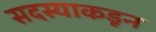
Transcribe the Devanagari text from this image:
सदस्याकडून